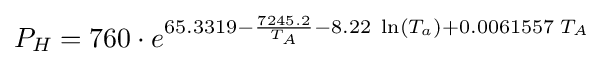
P_{H}=760\cdot e^{65.3319-{\frac {7245.2}{T_{A}}}-8.22\;\ln \left(T_{a}\right)+0.0061557\;T_{A}}